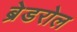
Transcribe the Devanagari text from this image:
ब्रेडरोल